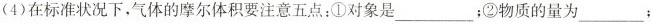
(4)在标准状况下，气体的摩尔体积要注意五点：①对象是___；②物质的量为___；